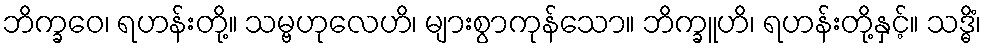
ဘိက္ခဝေ၊ ရဟန်းတို့။ သမ္ဗဟုလေဟိ၊ များစွာကုန်သော။ ဘိက္ခူဟိ၊ ရဟန်းတို့နှင့်။ သဒ္ဓိံ၊